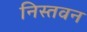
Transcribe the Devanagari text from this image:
निस्तवन